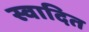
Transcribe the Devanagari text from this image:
स्वादित